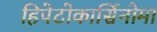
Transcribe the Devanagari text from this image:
हिपेटोकार्सिनोमा